65_HS1-834228961_62-HQ-83894_Section_8
Agency: FBI
Page 92
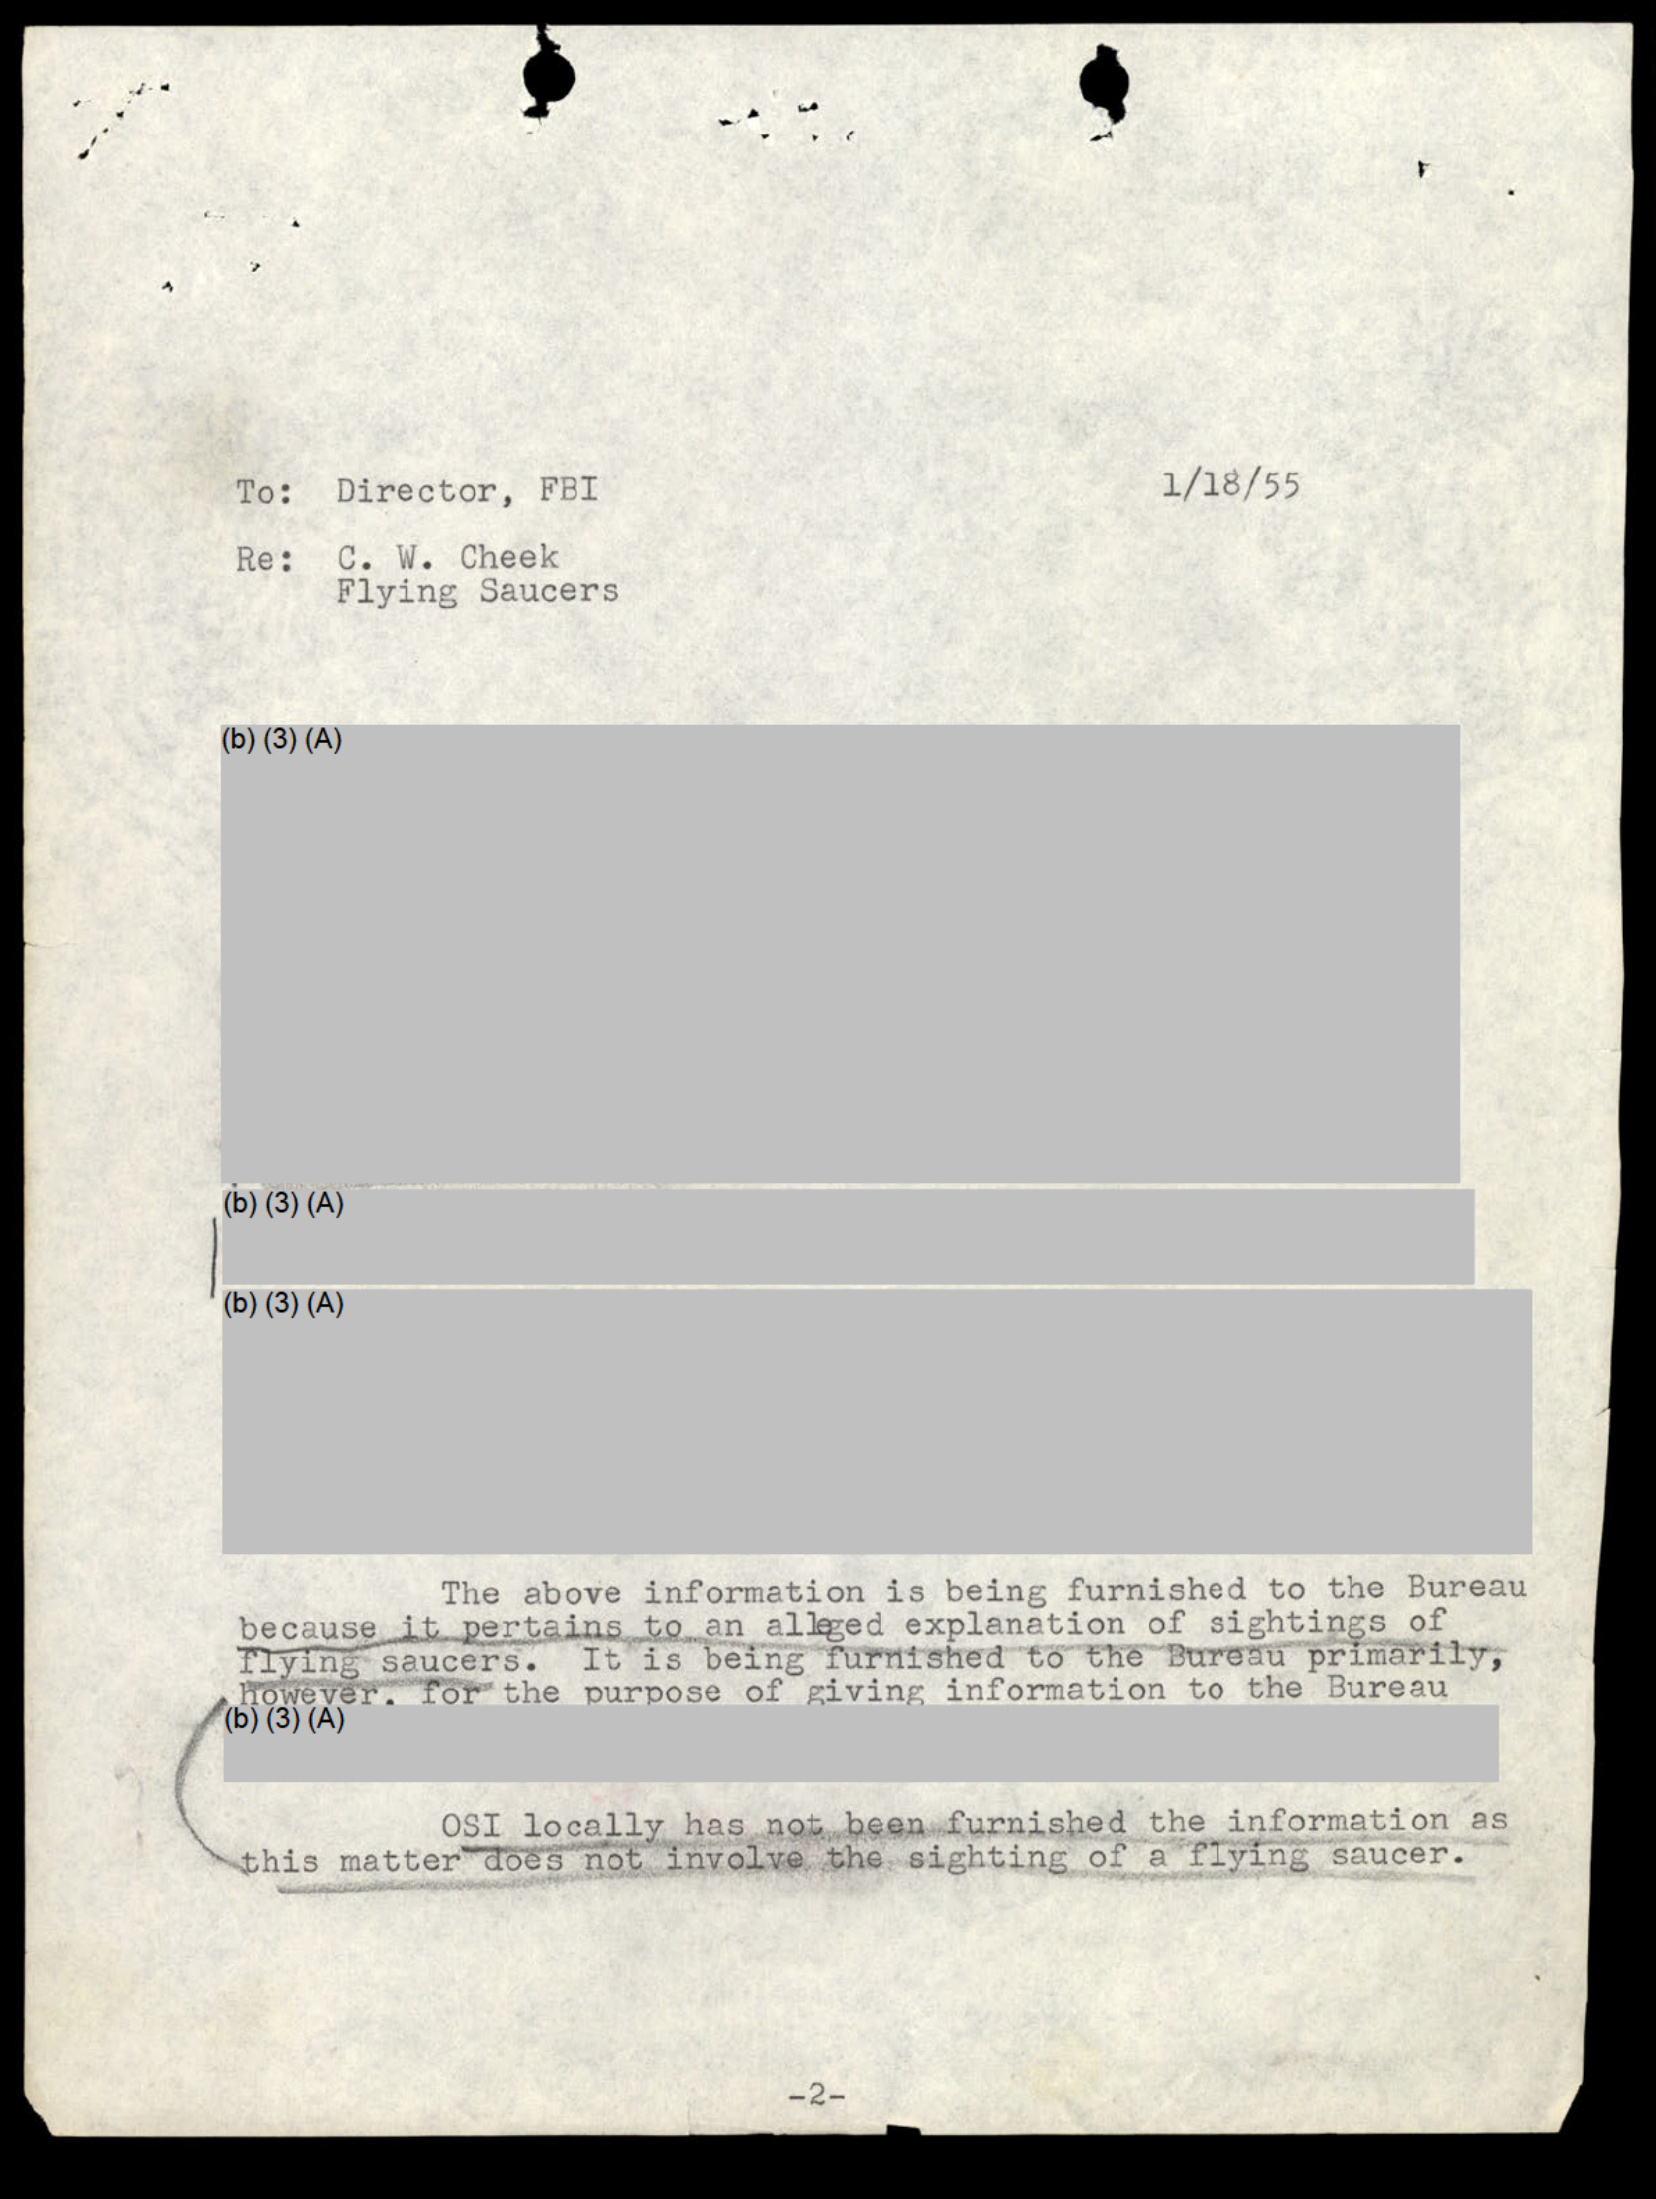